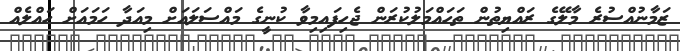
ޒަމާނުއްސުރެ މާލޭގެ ރައްޔިތުން ތަހައްމަލުކުރަން ޖެހިފައިމިވާ ކުނީގެ މައްސަލައަށް މިއަދާ ހަމައަށް ހައްލެއް